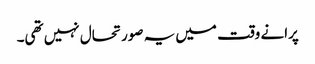
پرانے وقت میں یہ صورتحال نہیں تھی۔